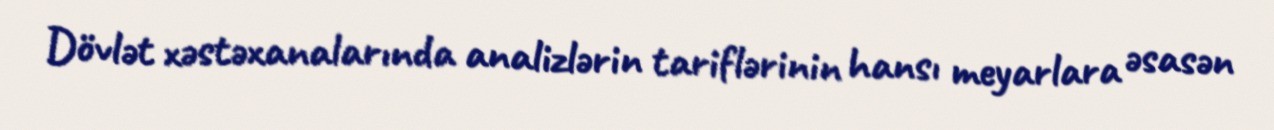
Dövlət xəstəxanalarında analizlərin tariflərinin hansı meyarlara əsasən